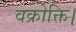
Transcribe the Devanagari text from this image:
वक्रोक्ति।